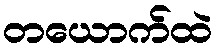
တယောက်ထဲ